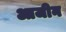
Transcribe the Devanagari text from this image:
आजीन